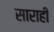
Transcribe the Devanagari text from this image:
साराही